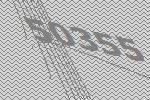
50355